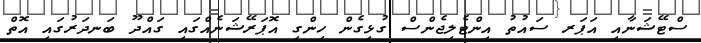
ސްޓޭޝަނާއި އަޕަރ ސައުތު އިންޓެލިޖެންސް ގުޅިގެން ހިންގި އޮޕަރޭޝަނެއްގައި ގައްދޫ ބަނދަރުގައި އޮތް